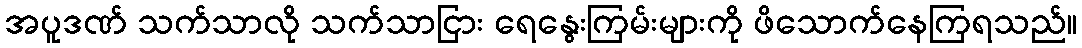
အပူဒဏ် သက်သာလို သက်သာငြား ရေနွေးကြမ်းများကို ဖိသောက်နေကြရသည်။